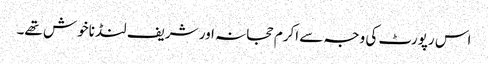
اس رپورٹ کی وجہ سے اکرم حجانہ اور شریف لنڈ ناخوش تھے۔